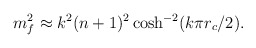
\begin{align*}m^{2}_f \approx k^2 (n+1)^2 \cosh^{-2} (k\pi r_{c}/2).\end{align*}